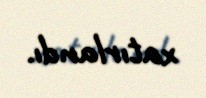
xatırlandı.